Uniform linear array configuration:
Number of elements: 24
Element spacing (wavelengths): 0.25
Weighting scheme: kaiser
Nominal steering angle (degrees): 45
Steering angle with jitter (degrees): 43.048
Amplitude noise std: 0.05
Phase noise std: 0.05

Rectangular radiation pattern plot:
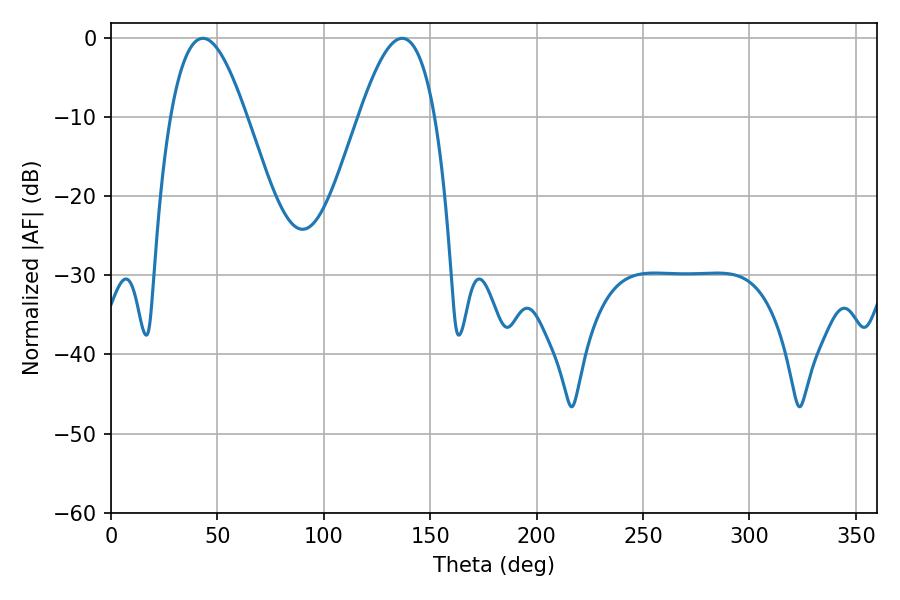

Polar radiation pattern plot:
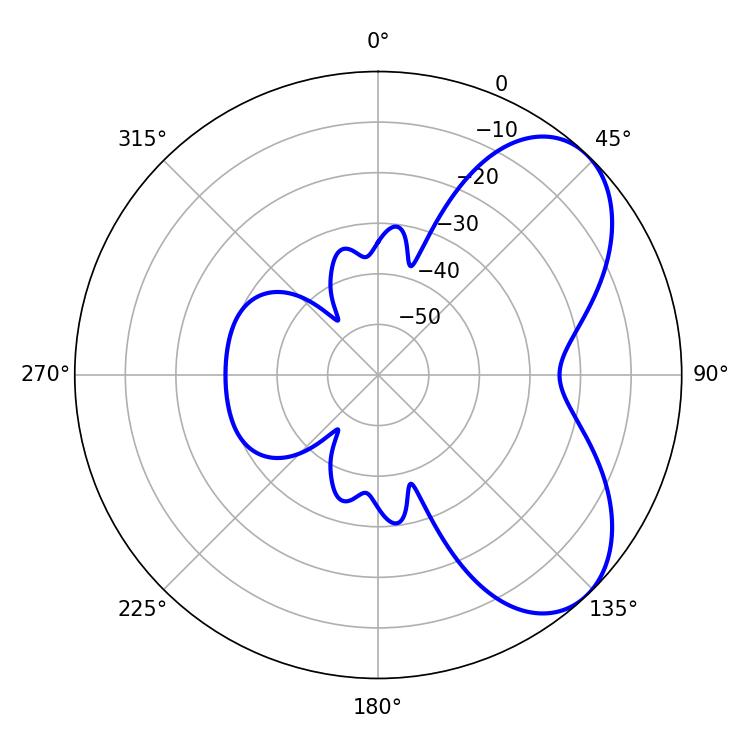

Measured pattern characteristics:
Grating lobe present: FALSE
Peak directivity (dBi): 5.897
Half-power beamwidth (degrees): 19.26
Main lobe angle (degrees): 43.2